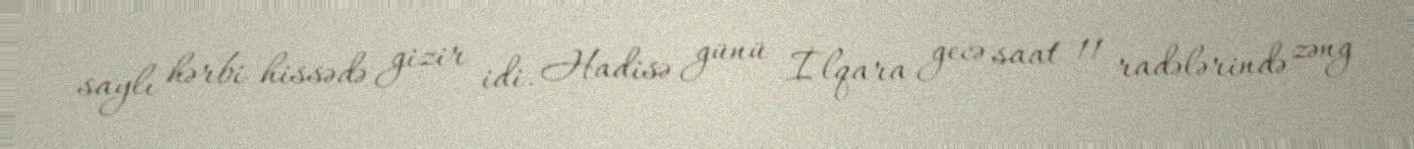
saylı hərbi hissədə gizir idi. Hadisə günü İlqara gecə saat 11 radələrində zəng